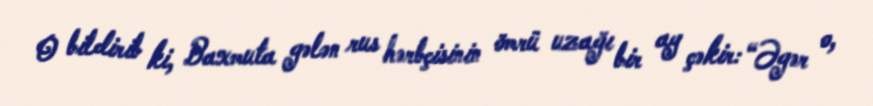
O bildirib ki, Baxmuta gələn rus hərbçisinin ömrü uzağı bir ay çəkir: “Əgər o,